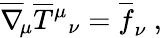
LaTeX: \overline{{\nabla}}_{\! \mu}\overline{{T}}{^\mu}{_\nu}=\overline{{f}}_{\nu}\ ,